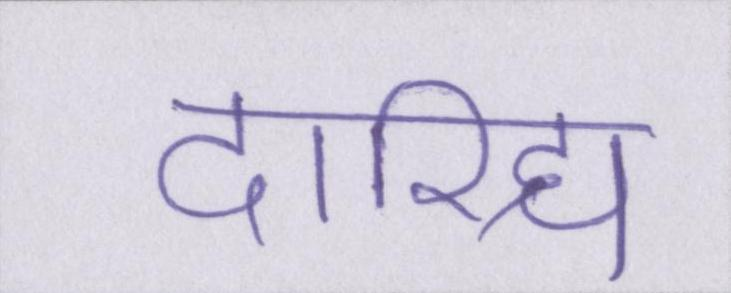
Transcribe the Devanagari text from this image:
दारिद्र्य